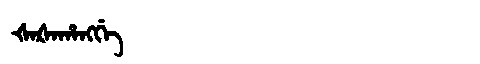
Manchu: ᡧᠠᡧᠠᡥᠠᠩᡤᡝ
Romanization: ŠAŠAHANGGE